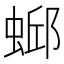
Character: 𫋄